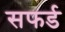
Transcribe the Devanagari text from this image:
सफर्ड